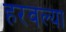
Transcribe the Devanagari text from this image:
हरवल्या